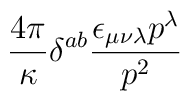
\frac{4\pi}{\kappa} \delta^{ab}        \frac{\epsilon_{\mu \nu \lambda}p^\lambda}{p^2}